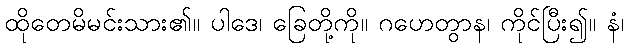
ထိုတေမိမင်းသား၏။ ပါဒေ၊ ခြေတို့ကို။ ဂဟေတွာန၊ ကိုင်ပြီး၍။ နံ၊